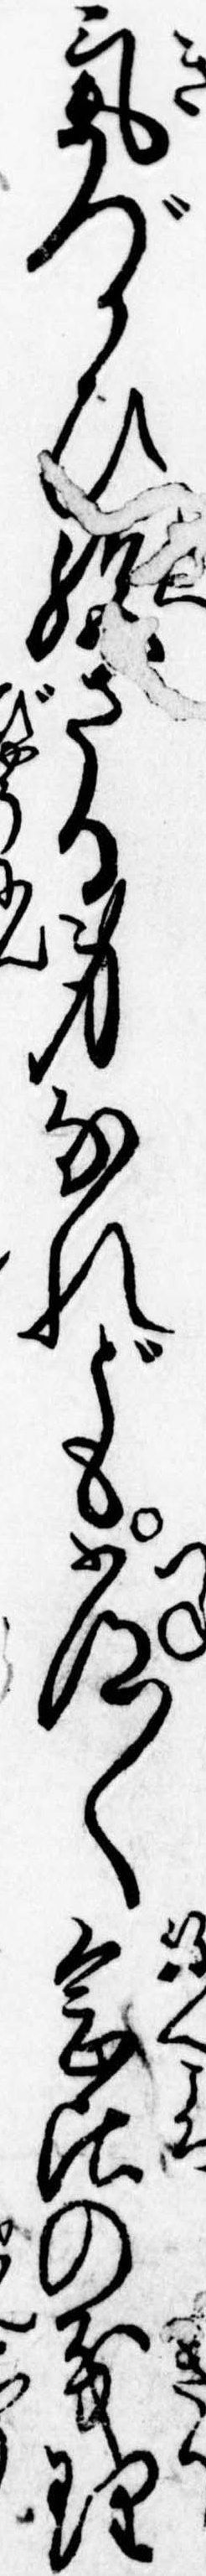
気づかひ絶さる身なれども常〱念頃の義理